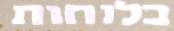
בלוחות